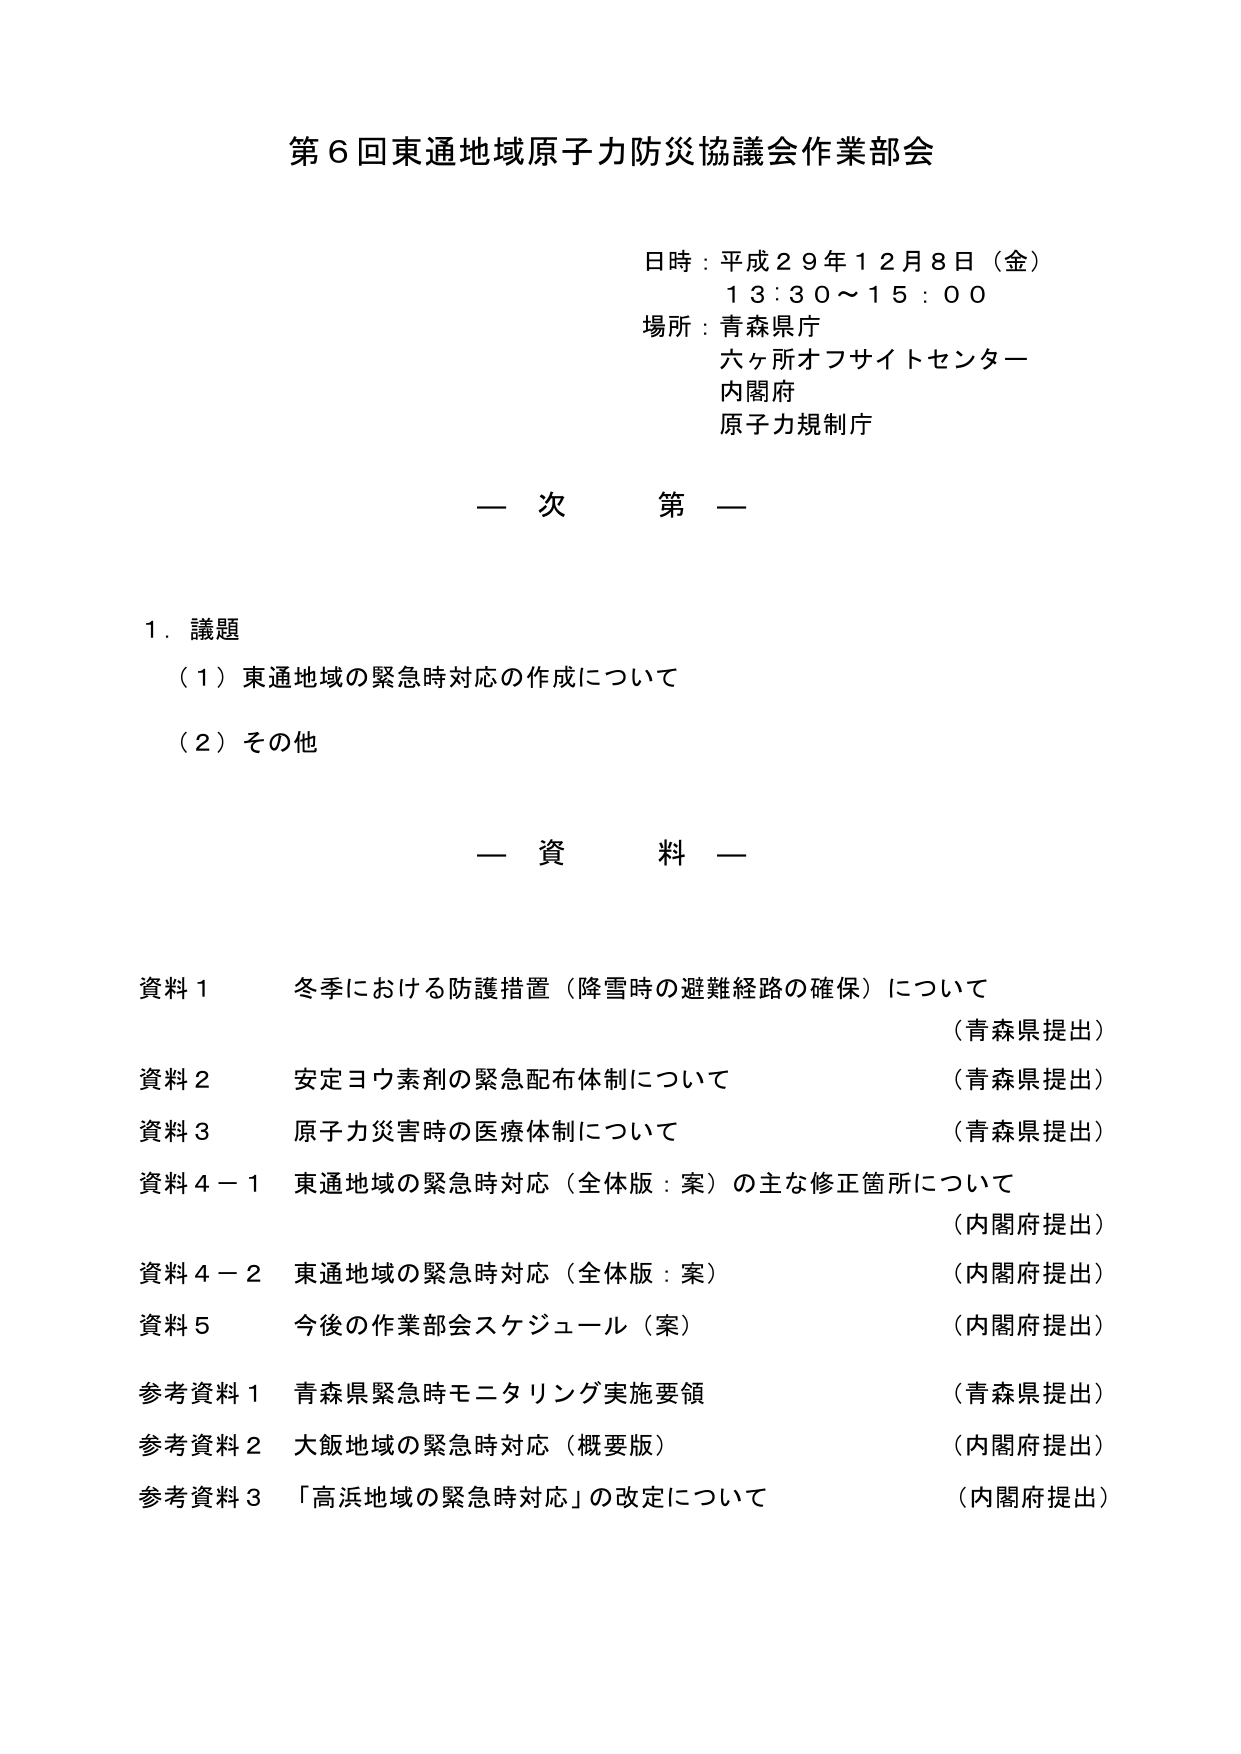
第６回東通地域原子力防災協議会作業部会

日時：平成２９年１２月８日（金）
　　　１３：３０～１５：００
場所：青森県庁
　　　六ヶ所オフサイトセンター
　　　内閣府
　　　原子力規制庁

― 次 第 ―

１．議題
　（１）東通地域の緊急時対応の作成について
　（２）その他

― 資 料 ―

資料１　冬季における防護措置（降雪時の避難経路の確保）について　　　　　　（青森県提出）
資料２　安定ヨウ素剤の緊急配布体制について　　　　　　　　　　　　　　　　（青森県提出）
資料３　原子力災害時の医療体制について　　　　　　　　　　　　　　　　　　（青森県提出）
資料４－１　東通地域の緊急時対応（全体版：案）の主な修正箇所について　　　（内閣府提出）
資料４－２　東通地域の緊急時対応（全体版：案）　　　　　　　　　　　　　　（内閣府提出）
資料５　今後の作業部会スケジュール（案）　　　　　　　　　　　　　　　　　（内閣府提出）
参考資料１　青森県緊急時モニタリング実施要領　　　　　　　　　　　　　　　（青森県提出）
参考資料２　大飯地域の緊急時対応（概要版）　　　　　　　　　　　　　　　（内閣府提出）
参考資料３　「高浜地域の緊急時対応」の改定について　　　　　　　　　　　　（内閣府提出）